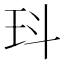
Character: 㺶